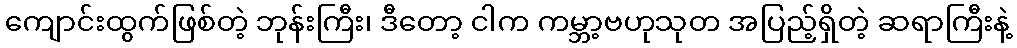
ကျောင်းထွက်ဖြစ်တဲ့ ဘုန်းကြီး၊ ဒီတော့ ငါက ကမ္ဘာ့ဗဟုသုတ အပြည့်ရှိတဲ့ ဆရာကြီးနဲ့